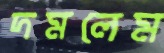
দমলেম